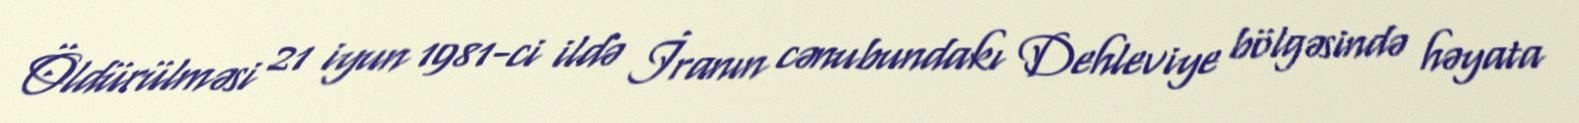
Öldürülməsi 21 iyun 1981-ci ildə İranın cənubundakı Dehleviye bölgəsində həyata